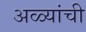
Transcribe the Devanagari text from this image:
अळ्यांची